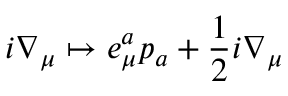
i \nabla _ { \mu } \mapsto e _ { \mu } ^ { a } p _ { a } + \frac { 1 } { 2 } i \nabla _ { \mu }